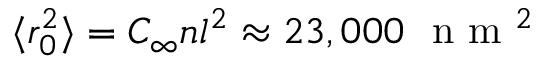
\langle r _ { 0 } ^ { 2 } \rangle = C _ { \infty } n l ^ { 2 } \approx 2 3 , 0 0 0 ~ \mathrm { ~ n ~ m ~ } ^ { 2 }